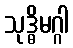
သုဒ္ဓိမဂ္ဂါ